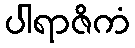
ပါရာဇိကံ